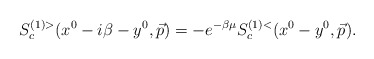
\begin{align*}S^{(1)>}_c (x^0 - i \beta - y^0, \vec{p}) = - e^{- \beta \mu} S^{(1)<}_c (x^0 - y^0, \vec{p}) . \end{align*}